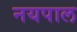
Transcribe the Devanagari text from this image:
नयपाल